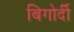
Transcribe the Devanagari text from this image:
बिगोर्दी